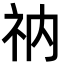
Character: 𫀃